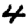
Digit: 4